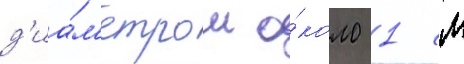
д'иа́м'етром о́коло 1 см